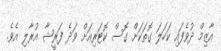
އާޒިމް ދުވެފައި ކަހަލަ ގޮތަކަށް ގޮސް ކޮޓަރިއަށް ވަދެ ފަރީޝާ އުރާލި އެވެ.